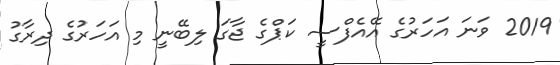
2019 ވަނަ އަހަރުގެ އޭއެފްސީ ކަޕްގެ ޖާގަ ލިބޭނީ މި އަހަރުގެ ދިރާގު